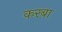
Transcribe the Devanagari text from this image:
करबा